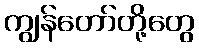
ကျွန်တော်တို့တွေ